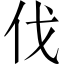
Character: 伐